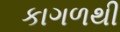
કાગળથી